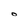
Character: O